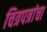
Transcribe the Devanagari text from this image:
चित्रपत्रांचा